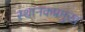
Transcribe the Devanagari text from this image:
स्थानकप्रमुख